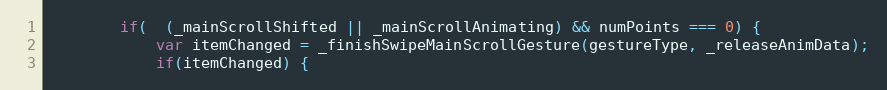
Language: JavaScript
		if(  (_mainScrollShifted || _mainScrollAnimating) && numPoints === 0) {
			var itemChanged = _finishSwipeMainScrollGesture(gestureType, _releaseAnimData);
			if(itemChanged) {